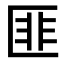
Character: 匪